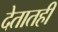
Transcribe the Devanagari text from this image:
देतातही